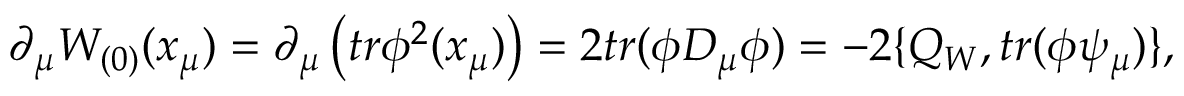
\partial _ { \mu } W _ { ( 0 ) } ( x _ { \mu } ) = \partial _ { \mu } \left( t r \phi ^ { 2 } ( x _ { \mu } ) \right) = 2 t r ( \phi D _ { \mu } \phi ) = - 2 \{ Q _ { W } , t r ( \phi \psi _ { \mu } ) \} ,